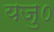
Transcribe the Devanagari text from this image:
यजु०